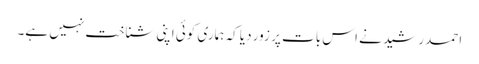
احمد رشید نے اس بات پر زور دیا کہ ہماری کوئی اپنی شناخت نہیں ہے۔